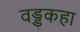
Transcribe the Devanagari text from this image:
वड्डकहा